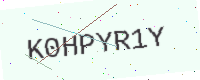
Text: K0HPYR1Y